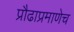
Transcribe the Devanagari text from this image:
प्रौढाप्रमाणेच